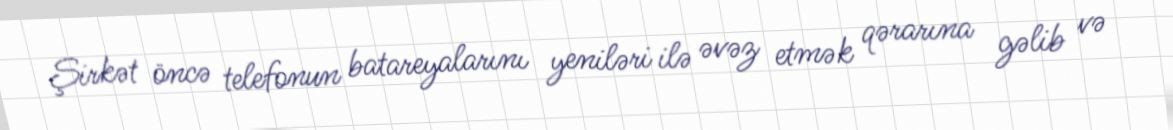
Şirkət öncə telefonun batareyalarını yeniləri ilə əvəz etmək qərarına gəlib və